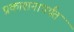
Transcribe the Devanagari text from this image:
प्रकाशनापर्यंत